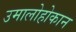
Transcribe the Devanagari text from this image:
उमालोहोकान